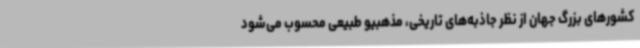
کشورهای بزرگ جهان از نظر جاذبه‌های تاریخی، مذهبیو طبیعی محسوب می‌شود